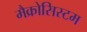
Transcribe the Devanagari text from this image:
मैक्रोसिस्टम